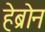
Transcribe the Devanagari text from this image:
हेब्रोन